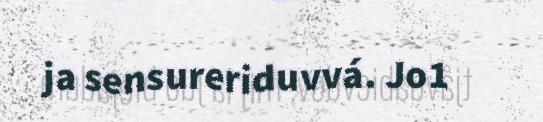
ja sensureriduvvá. Jo1